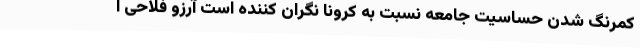
کمرنگ شدن حساسیت جامعه نسبت به کرونا نگران کننده است آرزو فلاحی ا